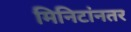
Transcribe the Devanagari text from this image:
मिनिटांनतर